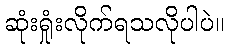
ဆုံးရှုံးလိုက်ရသလိုပါပဲ။